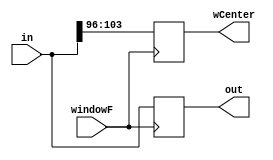
// windowBuffer.v
// Adaptive Median Filter
// Windows Buffer module

// MIT License
// 
// Copyright (c) 2021 Reza Bahrami
// 
// Permission is hereby granted, free of charge, to any person obtaining a copy
// of this software and associated documentation files (the "Software"), to deal
// in the Software without restriction, including without limitation the rights
// to use, copy, modify, merge, publish, distribute, sublicense, and/or sell
// copies of the Software, and to permit persons to whom the Software is
// furnished to do so, subject to the following conditions:
// 
// The above copyright notice and this permission notice shall be included in all
// copies or substantial portions of the Software.
// 
// THE SOFTWARE IS PROVIDED "AS IS", WITHOUT WARRANTY OF ANY KIND, EXPRESS OR
// IMPLIED, INCLUDING BUT NOT LIMITED TO THE WARRANTIES OF MERCHANTABILITY,
// FITNESS FOR A PARTICULAR PURPOSE AND NONINFRINGEMENT. IN NO EVENT SHALL THE
// AUTHORS OR COPYRIGHT HOLDERS BE LIABLE FOR ANY CLAIM, DAMAGES OR OTHER
// LIABILITY, WHETHER IN AN ACTION OF CONTRACT, TORT OR OTHERWISE, ARISING FROM,
// OUT OF OR IN CONNECTION WITH THE SOFTWARE OR THE USE OR OTHER DEALINGS IN THE
// SOFTWARE.

`default_nettype none

module windowBuffer (out, wCenter, in, windowF);
	// Parameters
	parameter WINDOW_BITS = 200, DATA_WIDTH = 8, CENTER = 12;
	// Outputs
	output reg [WINDOW_BITS - 1 : 0] 		out;
	output reg [DATA_WIDTH - 1 : 0]	wCenter;
	// Inputs
	input wire [WINDOW_BITS - 1 : 0] in;
	input wire windowF;

	// Behavioral Description of module
	always @(posedge windowF) begin
		out = in;
		wCenter = in[(DATA_WIDTH * CENTER + (DATA_WIDTH - 1)) : (DATA_WIDTH * CENTER)];
	end
endmodule